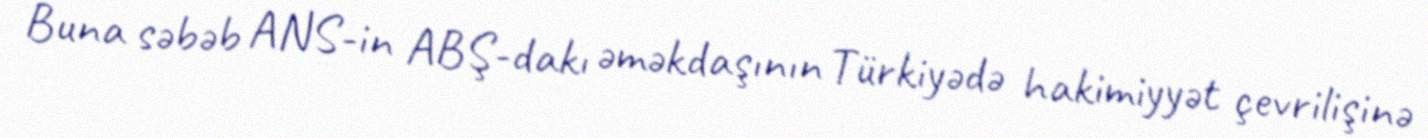
Buna səbəb ANS-in ABŞ-dakı əməkdaşının Türkiyədə hakimiyyət çevrilişinə